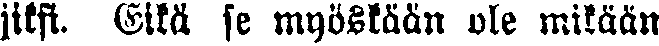
jiksi. Eikä se myöskään ole mitään